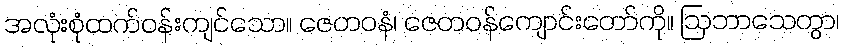
အလုံးစုံထက်ဝန်းကျင်သော။ ဇေတဝနံ၊ ဇေတဝန်ကျောင်းတော်ကို။ ဩဘာသေတွာ၊